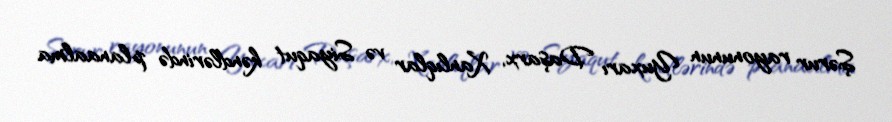
Şərur rayonunun Yuxarı Daşarx, Xanlıqlar və Siyaqut kəndlərində planaalma